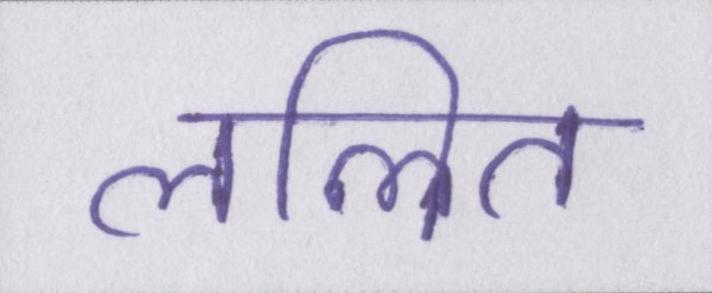
ललित